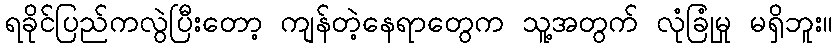
ရခိုင်ပြည်ကလွဲပြီးတော့ ကျန်တဲ့နေရာတွေက သူ့အတွက် လုံခြုံမှု မရှိဘူး။